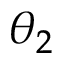
\theta _ { 2 }